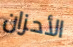
الأحزان